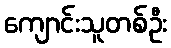
ကျောင်းသူတစ်ဦး